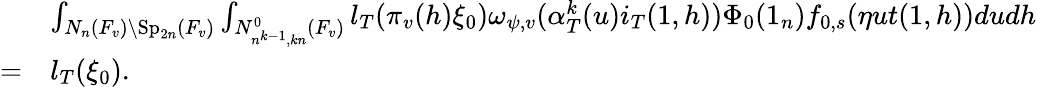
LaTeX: \begin{array}{rl}&{\int_{N_{n}(F_{v})\backslash\mathrm{Sp}_{2n}(F_{v})}\int_{N_{n^{k-1},kn}^{0}(F_{v})}l_{T}(\pi_{v}(h)\xi_{0})\omega_{\psi,v}(\alpha_{T}^{k}(u)i_{T}(1,h))\Phi_{0}(1_{n})f_{0,s}(\eta ut(1,h))dudh}\\ {=}&{l_{T}(\xi_{0}).}\end{array}